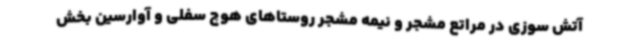
آتش سوزی در مراتع مشجر و نیمه مشجر روستاهای هوچ سفلی و آوارسین بخش